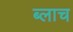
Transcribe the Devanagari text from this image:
ब्लाच